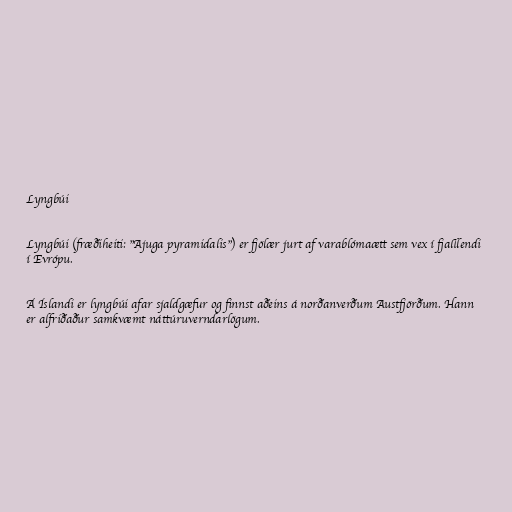
Lyngbúi

Lyngbúi (fræðiheiti: "Ajuga pyramidalis") er fjölær jurt af varablómaætt sem vex í fjalllendi
í Evrópu.

Á Íslandi er lyngbúi afar sjaldgæfur og finnst aðeins á norðanverðum Austfjörðum. Hann
er alfriðaður samkvæmt náttúruverndarlögum.